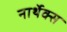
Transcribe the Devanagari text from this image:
नार्थेक्स